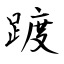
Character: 踱